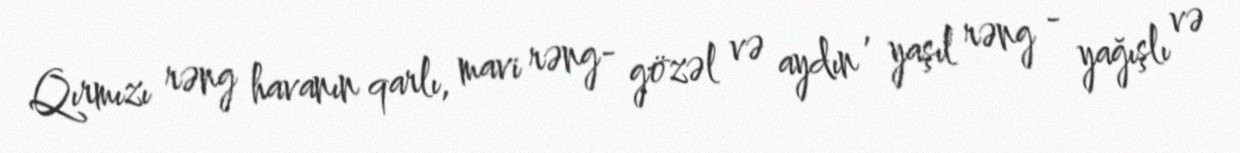
Qırmızı rəng havanın qarlı, mavi rəng- gözəl və aydın , yaşıl rəng - yağışlı və